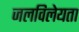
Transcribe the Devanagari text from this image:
जलविलेयता